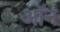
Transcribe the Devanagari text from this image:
अॉन